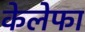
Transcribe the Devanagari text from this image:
केलेफा